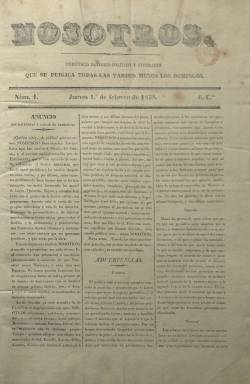
Título: Nosotros (Madrid. 1838)
Colección: Revistas satíricas y humorísticas || Periódicos anteriores a 1850
Ámbito geográfico: Madrid
Lugar de publicación: Madrid
Fechas: 01/02/1838-30/03/1839

Los artífices de este “periódico satírico, político y literario”, tal como indica su subtítulo, en cuya cabecera añade también “se publica todas las tardes menos los domingos”, fueron los escritores, periodistas y políticos Santos López Pelegrín (1800-1845), que usó el seudónimo Abenamar, y Antonio María Segovia Izquierdo (1808-1874), El Estudiante, que estuvieron acompañados por Juan López Peñalver. Para ello, los tres abandonarán el diario progresista El Mundo (1836-1839), que había fundado y dirigido el mismo López Pelegrín.

Se publicará desde el uno de febrero de 1838 al 30 de marzo de 1839, durante el denominado trienio moderado, y si, por un lado, se ha tachado a este diario de ministerial y, por otro, de progresista, en sus páginas polemizará y publicará epigramas satíricos en abierta lucha contra el “partido exaltado” o el progresismo, en concreto contra lo que representaba el exministro Mendizábal, tal como lo hiciera asimismo El Mundo.

López Pelegrín, que también había formado parte de la redacción del gran periódico moderado El Correo nacional (1838-1842), fundado por Andrés Borrego, fue asimismo durante el periodo en el que redactaba Nosotros diputado por Guadalajara. A su nuevo diario incorpora la sección Mosaico, que había tenido en El Mundo, como talentoso periodista festivo y satírico – al estilo de Quevedo, Torres o Larra, dirá de él mismo–, e indicará que la propia cabecera que había adoptado –Nosotros– reflejaba su independencia como “órgano” de cualquier partido político.

El diario mezclará los textos de creación, tanto “serios” como de estilo satírico y jocoso, con los meramente noticiosos, y así tendrá secciones como Noticias oficiales (extractos de la Gaceta de la Madrid), Noticias del reino, Noticias extranjeras, Madrid, Cortes y Bolsa, además de la citada Mosaico, e insertará algún grabado. Sus entregas serán de cuatro páginas, compuestas a tres columnas, y al final, aparece como editor responsable R. Varela y Ulloa. Serán impresas en la Imprenta a cargo de A. Cubas, y después aparecerá con imprenta propia.

Antonio María Segovia reseñará estrenos teatrales, y éste y López Pelegrín publicarán artículos de corte costumbrista. Por su parte, Modesto Lafuente, acusará a Nosotros de haber copiado muchos artículos completos de su publicación Fr. Gerundio (1837-1844).

Asimismo, el ocho de mayo de 1836 anuncia que absorbe al periódico noticioso La Estafeta (1836), que había aparecido ese mismo año. El 439 es el último número de Nosotros, de 30 de marzo de 1839. Así lo señala el progresista El Eco del comercio (1834-1849), que es quien le acusa de “ministerial”, y señala que sus suscripciones pasan a El Clamor, “de cualidades muy semejantes a las del difunto”, a la vez que anuncia la salida del progresista El Constitucional. Por su parte, tanto López Pelegrín como Segovia Izquierdo redactarán a continuación Abenamar y El Estudiante: capricho periodístico (1838-1839).